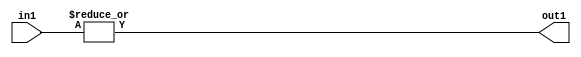
`timescale 1ps / 1ps
/*****************************************************************************
    Verilog RTL Description
    
    
    Created by: Stratus DpOpt 2019.1.01 
*******************************************************************************/

module in_buff_OrReduction_3U_1U_1 (
	in1,
	out1
	); /* architecture "behavioural" */ 
input [2:0] in1;
output  out1;
wire  asc001;

assign asc001 = 
	(|in1);

assign out1 = asc001;
endmodule

/* CADENCE  urXxTww= : u9/ySgnWtBlWxVPRXgAZ4Og= ** DO NOT EDIT THIS LINE ******/